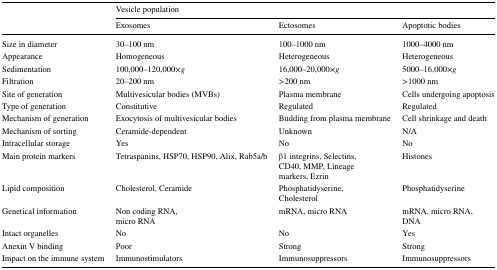
<table><thead><tr><td rowspan="2"></td><td colspan="3"><b>Vesicle population</b></td></tr><tr><td><b>Exosomes</b></td><td><b>Ectosomes</b></td><td><b>Apoptotic bodies</b></td></tr></thead><tbody><tr><td>Size in diameter</td><td>30–100 nm</td><td>100–1000 nm</td><td>1000–4000 nm</td></tr><tr><td>Appearance</td><td>Homogeneous</td><td>Heterogeneous</td><td>Heterogeneous</td></tr><tr><td>Sedimentation</td><td>100,000–120,000×<i>g</i></td><td>16,000–20,000×<i>g</i></td><td>5000–16,000×<i>g</i></td></tr><tr><td>Filtration</td><td>20–200 nm</td><td>&gt;200 nm</td><td>&gt;1000 nm</td></tr><tr><td>Site of generation</td><td>Multivesicular bodies (MVBs)</td><td>Plasma membrane</td><td>Cells undergoing apoptosis</td></tr><tr><td>Type of generation</td><td>Constitutive</td><td>Regulated</td><td>Regulated</td></tr><tr><td>Mechanism of generation</td><td>Exocytosis of multivesicular bodies</td><td>Budding from plasma membrane</td><td>Cell shrinkage and death</td></tr><tr><td>Mechanism of sorting</td><td>Ceramide-dependent</td><td>Unknown</td><td>N/A</td></tr><tr><td>Intracellular storage</td><td>Yes</td><td>No</td><td>No</td></tr><tr><td>Main protein markers</td><td>Tetraspanins, HSP70, HSP90, Alix, Rab5a/b</td><td>β1 integrins, Selectins,CD40, MMP, Lineagemarkers, Ezrin</td><td>Histones</td></tr><tr><td>Lipid composition</td><td>Cholesterol, Ceramide</td><td>Phosphatidyserine,Cholesterol</td><td>Phosphatidyserine</td></tr><tr><td>Genetical information</td><td>Non coding RNA,micro RNA</td><td>mRNA, micro RNA</td><td>mRNA, micro RNA,DNA</td></tr><tr><td>Intact organelles</td><td>No</td><td>No</td><td>Yes</td></tr><tr><td>Anexin V binding</td><td>Poor</td><td>Strong</td><td>Strong</td></tr><tr><td>Impact on the immune system</td><td>Immunostimulators</td><td>Immunosuppressors</td><td>Immunosuppressors</td></tr></tbody></table>